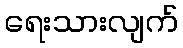
ရေးသားလျက်